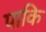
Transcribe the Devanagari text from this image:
पाकि